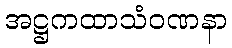
အဋ္ဌကထာသံဝဏနာ